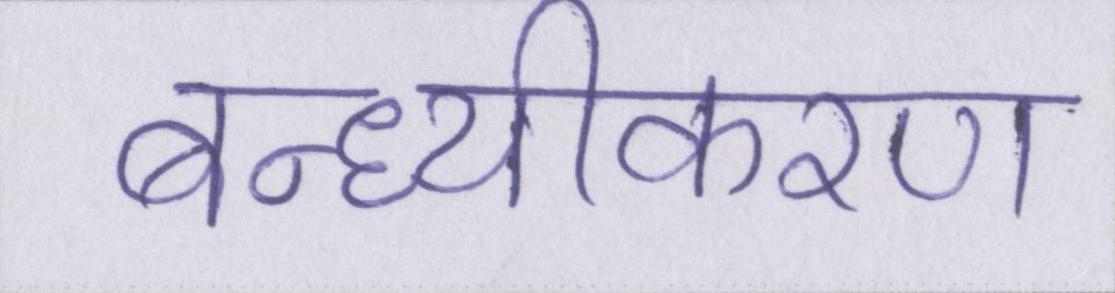
बन्ध्यीकरण